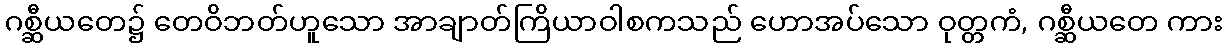
ဂစ္ဆီယတေ၌ တေဝိဘတ်ဟူသော အာချာတ်ကြိယာဝါစကသည် ဟောအပ်သော ဝုတ္တကံ, ဂစ္ဆီယတေ ကား